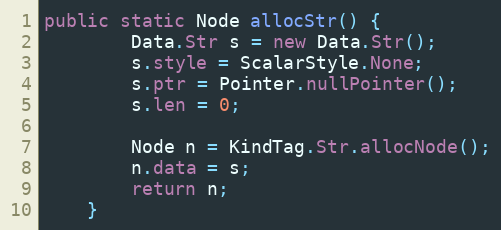
Language: Java
public static Node allocStr() {
        Data.Str s = new Data.Str();
        s.style = ScalarStyle.None;
        s.ptr = Pointer.nullPointer();
        s.len = 0;

        Node n = KindTag.Str.allocNode();
        n.data = s;
        return n;
    }